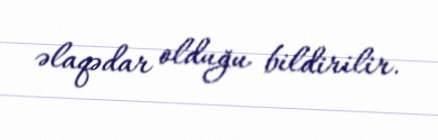
əlaqədar olduğu bildirilir.